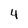
Character: 4